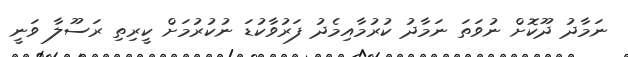
ނަމާދު ދޫކޮށް ނުވަތަ ނަމާދު ކުރުމާއިމެދު ފަރުވާކުޑަ ނުކުރުމަށް ކީރިތި ރަސޫލާ ވަނީ